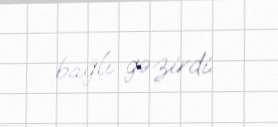
bağlı gəzirdi.